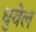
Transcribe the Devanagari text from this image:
धुवेल